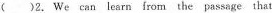
( )2.We can learn from the passage that